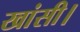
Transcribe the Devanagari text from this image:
खांसी।